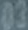
03